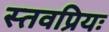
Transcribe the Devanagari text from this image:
स्तवप्रियः